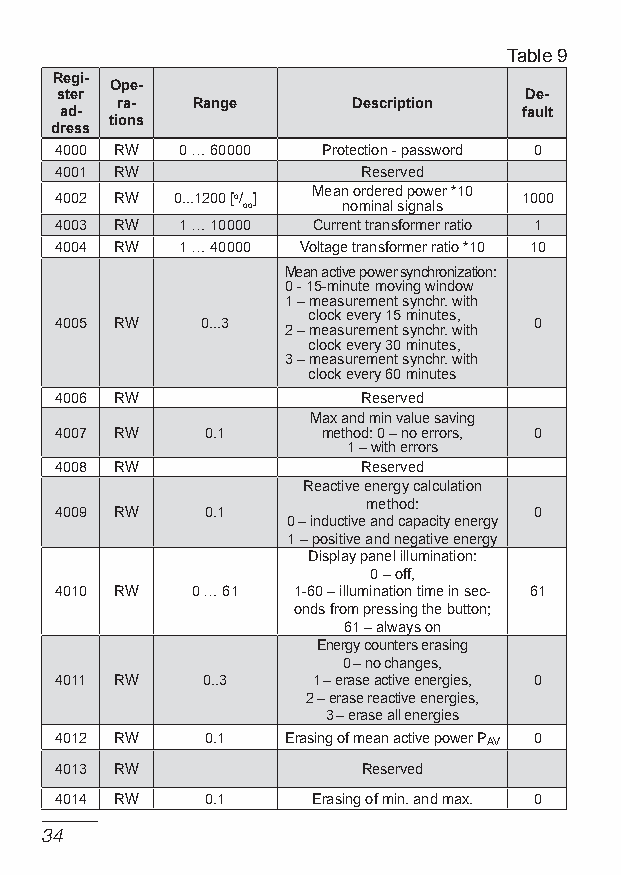
Table 9
 Regi-
 Ope-
 ster                           De-
 ra-  Range     Description
 ad-                           fault
 tions
 dress
 4000 RW 0 … 60000 Protection - password 0
 4001 RW             Reserved
 Mean ordered power *10
 4002 RW 0...1200 [o/ ]         1000
 oo     nominal signals
 4003 RW 1 … 10000 Current transformer ratio 1
 4004 RW 1 … 40000 Voltage transformer ratio *10 10
 Mean active power synchronization:
 0 - 15-minute moving window
 1 – measurement synchr. with
 clock every 15 minutes,
 4005 RW  0...3                 0
 2 – measurement synchr. with
 clock every 30 minutes,
 3 – measurement synchr. with
 clock every 60 minutes
 4006 RW             Reserved
 Max and min value saving
 4007 RW   0.1    method: 0 – no errors, 0
 1 – with errors
 4008 RW             Reserved
 Reactive energy calculation
 method:
 4009 RW   0.1                  0
 0 – inductive and capacity energy
 1 – positive and negative energy
 Display panel illumination:
 0 – off,
 4010 RW  0 … 61 1-60 – illumination time in sec- 61
 onds from pressing the button;
 61 – always on
 energy counters erasing
 0 – no changes,
 4011 RW  0..3    1 – erase active energies, 0
 2 – erase reactive energies,
 3 – erase all energies
 4012 RW   0.1  erasing of mean active power PAV 0
 4013 RW             Reserved
 4014 RW   0.1    erasing of min. and max. 0
 